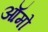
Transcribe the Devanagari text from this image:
ऑमो